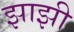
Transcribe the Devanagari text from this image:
झाझी